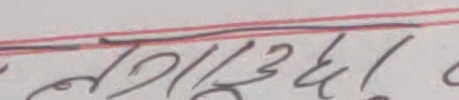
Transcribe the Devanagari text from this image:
लाग्दछ!